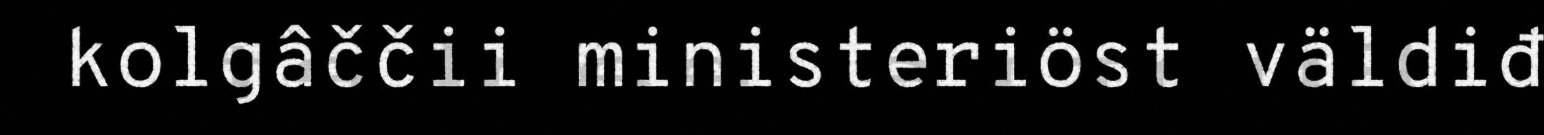
kolgâččii ministeriöst väldiđ